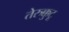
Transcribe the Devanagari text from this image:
तेरुक्कुटू